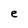
Character: e